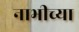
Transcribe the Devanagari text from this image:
नाभीच्या